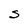
Character: S